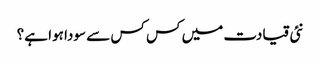
نئی قیادت میں کس کس سے سودا ہوا ہے؟